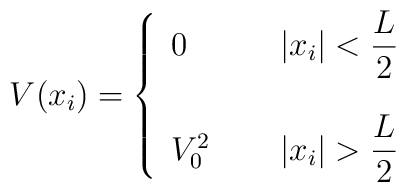
V(x_{i}) = \left\{\begin{array}{ll} 0~~~~~~& |x_i| <{ \displaystyle{ L \over 2 }} \\[6mm]V_{0}^{2}   & |x_i| > { \displaystyle{ L \over 2 }} \end{array}\right.